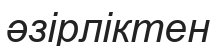
әзірліктен